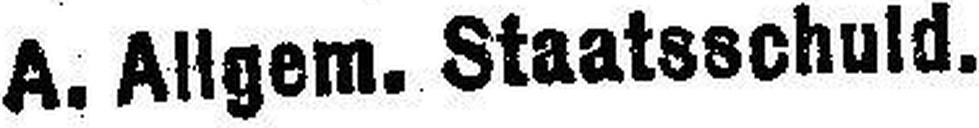
A. Allgem. Staatsschuld.